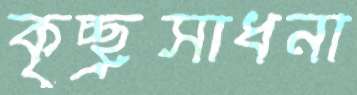
কৃচ্ছ্রসাধনা